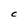
Character: C